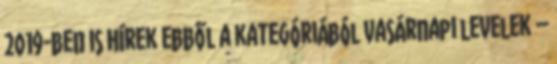
2019-ben is Hírek ebből a kategóriából Vasárnapi levelek –